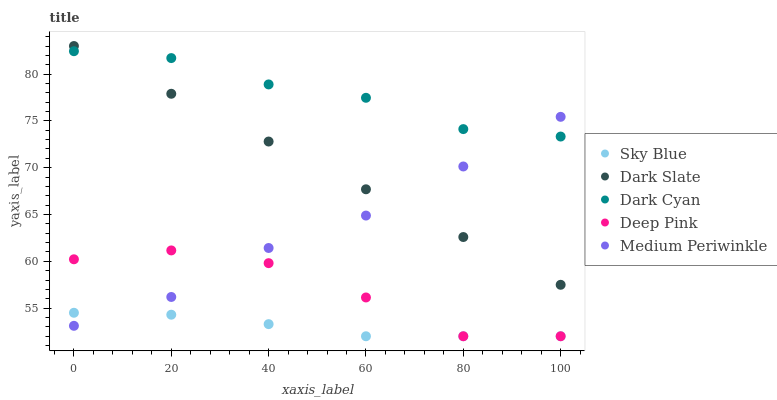
| xaxis_label | Sky Blue | Dark Slate | Dark Cyan | Deep Pink | Medium Periwinkle |
 | --- | --- | --- | --- | --- | --- |
 | 0 | 54.5 | 83 | 82.4 | 60.2 | 53.1 |
 | 20 | 54.3 | 77.9 | 81.7 | 61.2 | 56.2 |
 | 40 | 53.3 | 72.8 | 78.9 | 59.8 | 61.4 |
 | 60 | 52 | 67.7 | 77.5 | 56.1 | 64.9 |
 | 80 | 52 | 62.6 | 74.1 | 52 | 70.1 |
 | 100 | 52 | 57.5 | 73.3 | 52 | 75.4 |